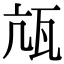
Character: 㼚